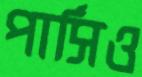
পার্সিও